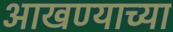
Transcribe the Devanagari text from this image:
आखण्याच्या